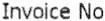
INVOICE NO